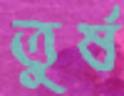
তুর্ষ